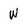
Character: W